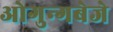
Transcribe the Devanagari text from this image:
ओगुन्गबेजे